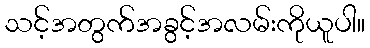
သင့်အတွက်အခွင့်အလမ်းကိုယူပါ။